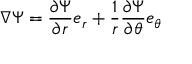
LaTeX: \nabla \Psi = { \frac { \partial \Psi } { \partial r } } { \boldsymbol { e } } _ { r } + { \frac { 1 } { r } } { \frac { \partial \Psi } { \partial \theta } } { \boldsymbol { e } } _ { \theta }